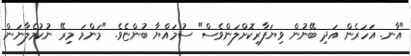
"އާނ. އަހަރެން އަދި ބޭނުން ވިޔަފާރިކޮށްލަންވެސް" ސުމައްޔާ ބުންޏެވެ. "މަންމަ މިރޭ ނުކުމެލާނަން